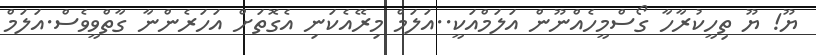
ޔޫ! ޔޫ ތިހީކުރާހާ ގޯސްމީހެއްނޫން އަލަމްއަކީ..އަލަމް މިރޭއެކަނި އެގޮތަށް އަހަރެންނާ ގާތްވީވެސް.އަލަމް